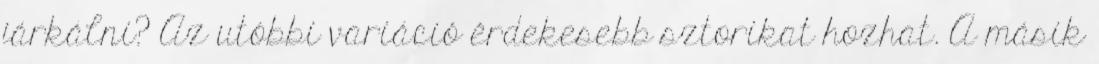
járkálni? Az utóbbi variáció érdekesebb sztorikat hozhat. A másik